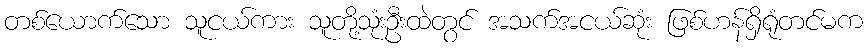
တစ်ယောက်သော သူငယ်ကား သူတို့သုံးဦးထဲတွင် အသက်အငယ်ဆုံး ဖြစ်ဟန်ရှိရုံတင်မက